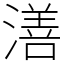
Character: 㵛